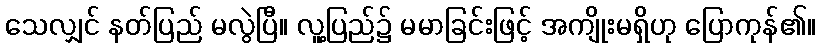
သေလျှင် နတ်ပြည် မလွဲပြီ။ လူ့ပြည်၌ မမာခြင်းဖြင့် အကျိုးမရှိဟု ပြောကုန်၏။